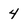
Character: 4